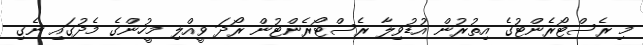
މި ރެސްޓޯރެންޓުގެ އިތުރުން އުޑުވިލާ ރެސްޓޯރެންޓުން ރޯދަ ވީއްލި މީހުންގެ މެދުގައި ނެގި